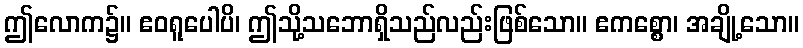
ဤလောက၌။ ဧဝရူပေါပိ၊ ဤသို့သဘောရှိသည်လည်းဖြစ်သော။ ဧကစ္စော၊ အချို့သော။